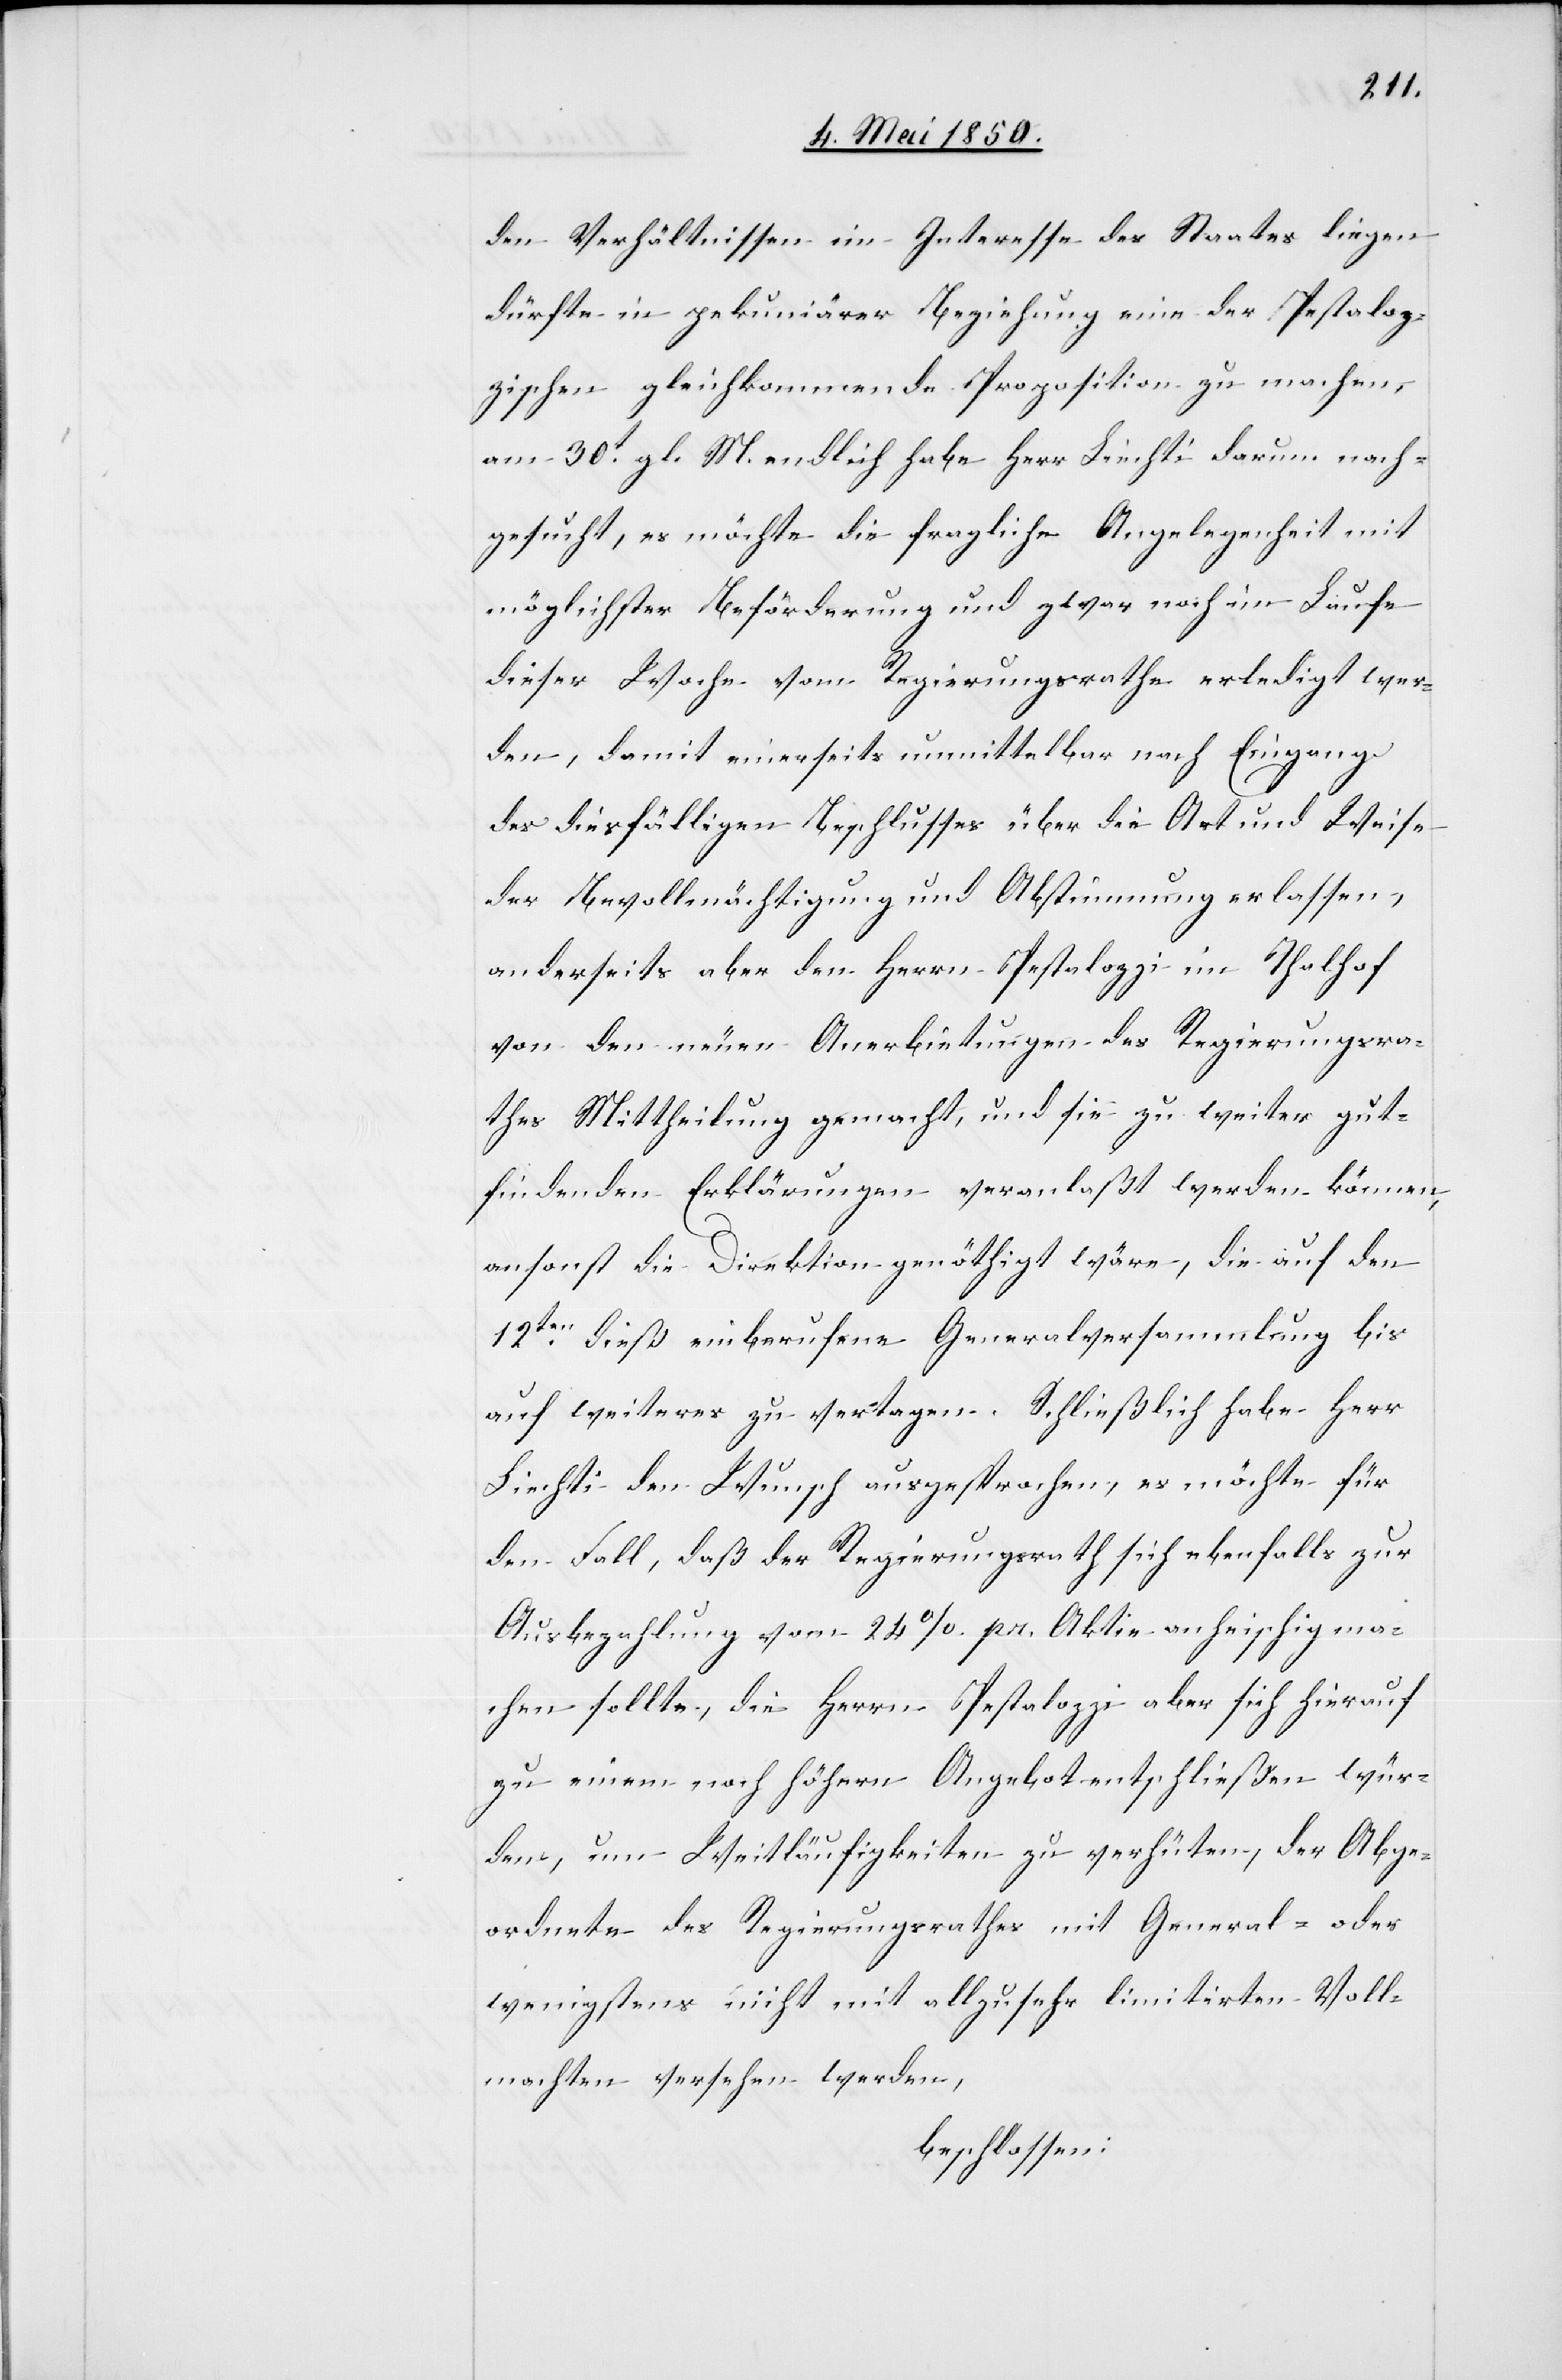
den Verhältnissen im Interesse des Staates liegen
dürfte in pekuniärer Beziehung eine der Pestaloz¬
zischen gleichkommende Proposition zu machen,
am 30t gl. M. endlich habe Herr Liechti darum nach¬
gesucht, es möchte die fragliche Angelegenheit mit
möglichster Beförderung und zwar noch im Laufe
dieser Woche vom Regierungsrathe erledigt wer¬
den, damit einerseits unmittelbar nach Eingang
des diesfälligen Beschlusses über die Art und Weise
der Bevollmächtigung und Abstimmung erlassen,
anderseits aber den Herrn Pestalozzi im Thalhof
von den neuen Anerbietungen des Regierungsra¬
thes Mittheilung gemacht, und sie zu weiter gut¬
findenden Erklärungen veranlaßt werden können,
ansonst die Direktion genöthigt wäre, die auf den
12ten dieß einberufene Generalversammlung bis
auf weiteres zu vertagen. Schließlich habe Herr
Liechti den Wunsch ausgesprochen, es möchte für
den Fall, daß der Regierungsrath sich ebenfalls zur
Ausbezahlung vom 24 %. pr. Aktie anheischig ma¬
chen sollte, die Herrn Pestalozzi aber sich hierauf
zu einem noch höhern Angebot entschließen wür¬
den, um Weitläufigkeiten zu verhüten, der Abge¬
ordnete des Regierungsrathes mit General- oder
wenigstens nicht mit allzusehr limitirten Voll¬
machten versehen werden,
beschlossen: